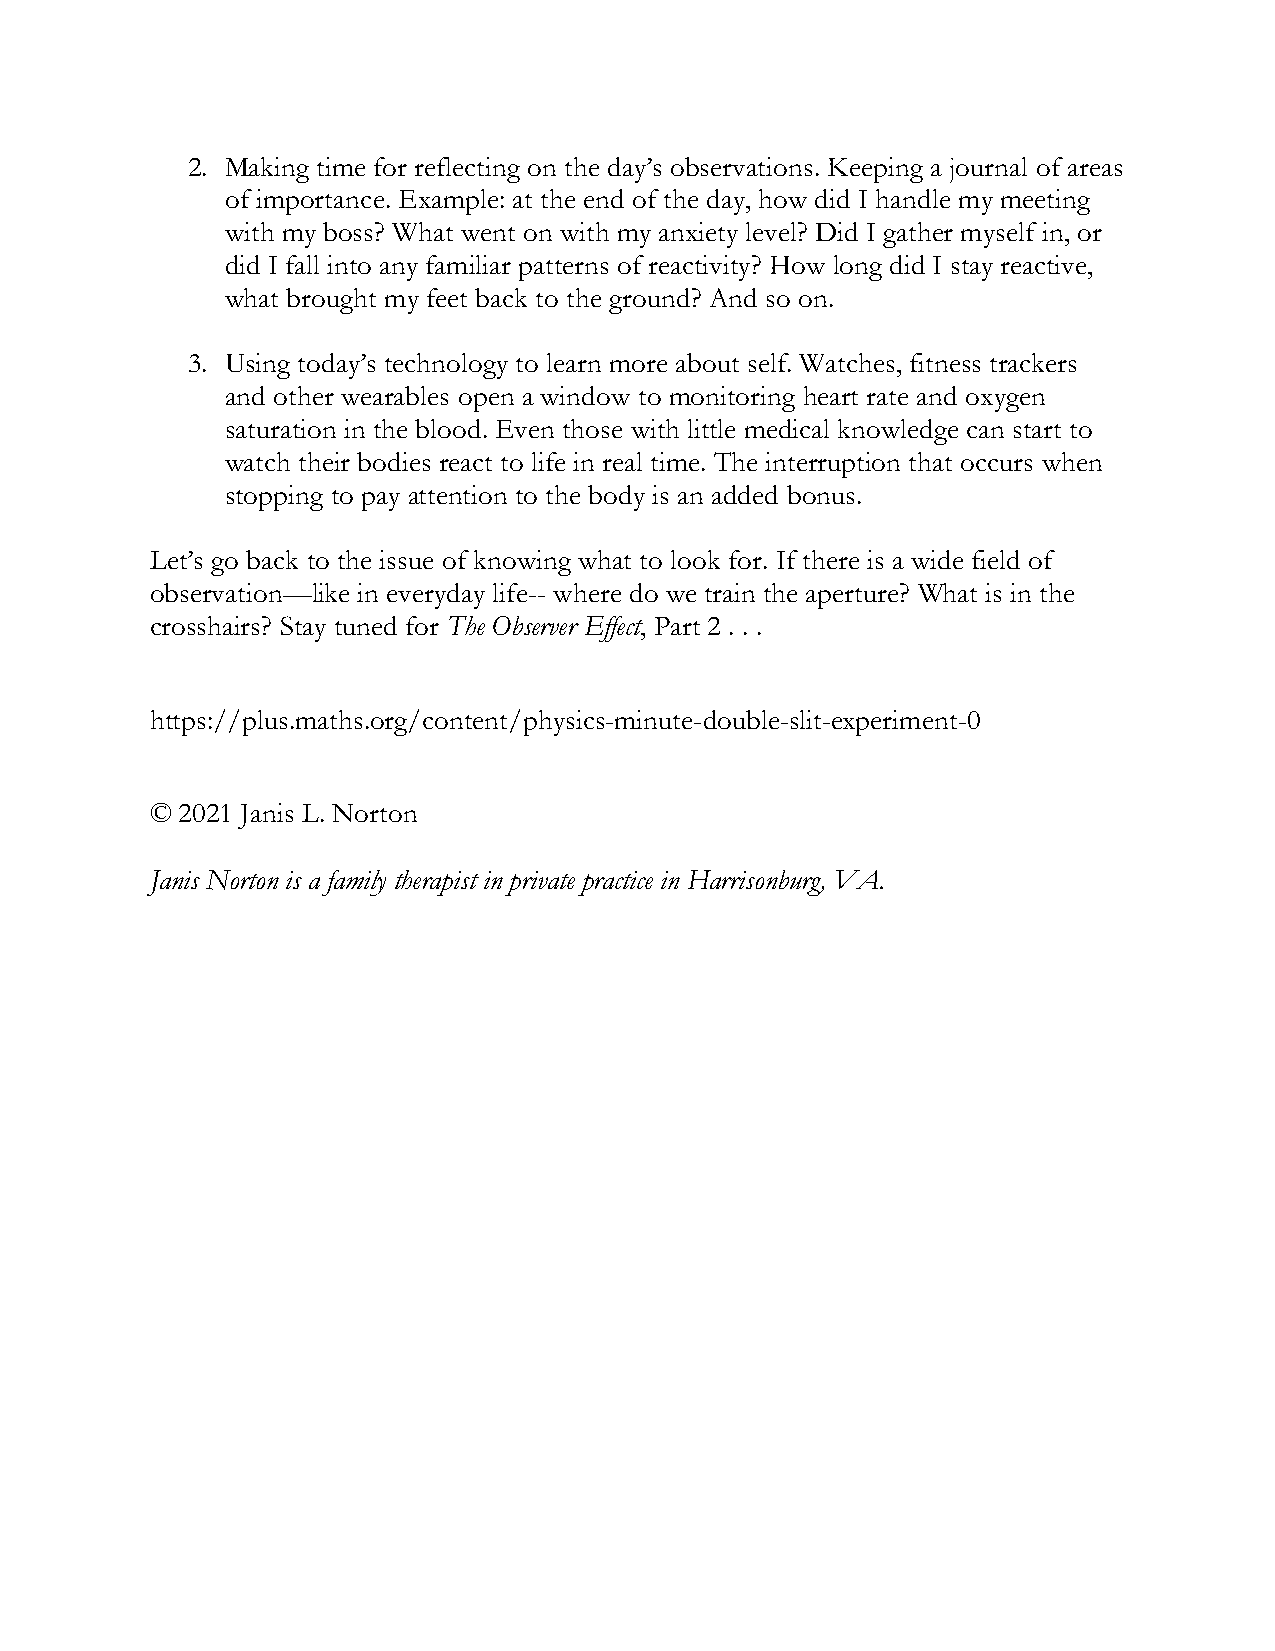
2. Making time for reflecting on the day’s observations. Keeping a journal of areas
 of importance. Example: at the end of the day, how did I handle my meeting
 with my boss? What went on with my anxiety level? Did I gather myself in, or
 did I fall into any familiar patterns of reactivity? How long did I stay reactive,
 what brought my feet back to the ground? And so on.
 3. Using today’s technology to learn more about self. Watches, fitness trackers
 and other wearables open a window to monitoring heart rate and oxygen
 saturation in the blood. Even those with little medical knowledge can start to
 watch their bodies react to life in real time. The interruption that occurs when
 stopping to pay attention to the body is an added bonus.
 Let’s go back to the issue of knowing what to look for. If there is a wide field of
 observation—like in everyday life-- where do we train the aperture? What is in the
 crosshairs? Stay tuned for The Observer Effect, Part 2 . . .
 https://plus.maths.org/content/physics-minute-double-slit-experiment-0
 © 2021 Janis L. Norton
 Janis Norton is a family therapist in private practice in Harrisonburg, VA.